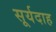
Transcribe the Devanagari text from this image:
सूर्यदाह